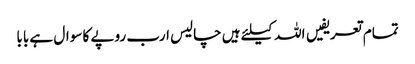
تمام تعریفیں اللہ کیلئے ہیں	 چالیس ارب روپے کا سوال ہے بابا